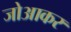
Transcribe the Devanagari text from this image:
जोआकर